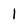
Character: l